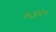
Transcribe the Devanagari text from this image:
७अ२०